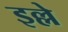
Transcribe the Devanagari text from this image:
इल्ले